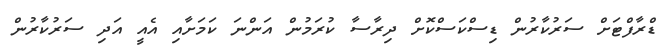
ޑްރާފްޓަށް ސަރުކާރުން ޑިސްކަސްކޮށް ދިރާސާ ކުރަމުން އަންނަ ކަމަށާއި އެއީ އަދި ސަރުކާރުން